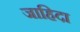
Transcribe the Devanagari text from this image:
जाहिदा